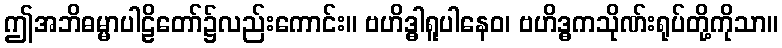
ဤအဘိဓမ္မာပါဠိတော်၌လည်းကောင်း။ ဗဟိဒ္ဓါရူပါနေဝ၊ ဗဟိဒ္ဓကသိုဏ်းရုပ်တို့ကိုသာ။